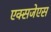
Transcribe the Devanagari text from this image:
एक्सजेएस